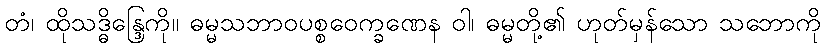
တံ၊ ထိုသဒ္ဓိန္ဒြေကို။ ဓမ္မသဘာဝပစ္စဝေက္ခဏေန ဝါ၊ ဓမ္မတို့၏ ဟုတ်မှန်သော သဘောကို